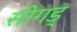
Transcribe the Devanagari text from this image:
सीगड्